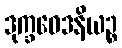
ဒုက္ခဝေဒနိယဉ္စ